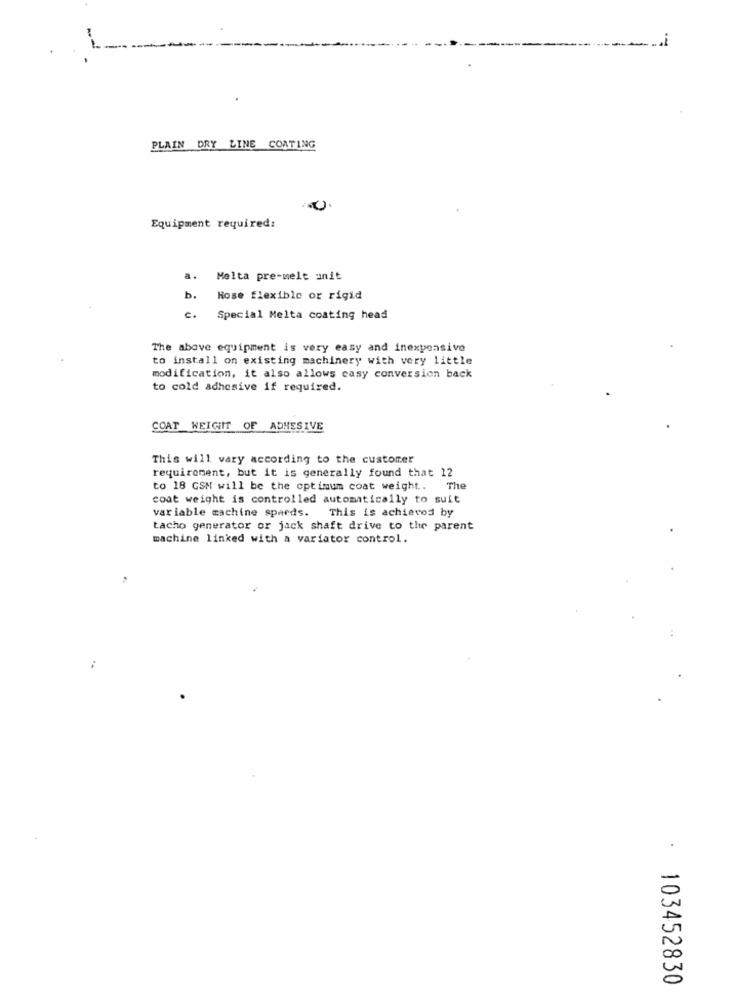
PLAIN DRY LINE COATING
Equipment required:
Melta pre-melt anit
b.
Hose flexible or rigid
c.
Special Melta coating head
The above equipment is very easy and inexpensive
to install on existing machinery with very little
modification, it also allows casy conversion back
to cold adhesive if required.
COAT WEIGHT OF ADHESIVE
This will vary according to the customer
requirement, but it is generally found that 12
to 18 GSM will be the optimum coat weight .. The
coat weight is controlled automatically to suit
variable machine spaeds. This is achieved by
tacho generator or jack shaft drive to the parent
machine linked with a variator control.
: 103452830